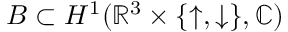
\ensuremath { { \cal B } } \subset H ^ { 1 } ( \mathbb { R } ^ { 3 } \times \{ \uparrow , \downarrow \} , \mathbb { C } )